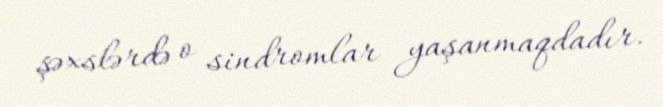
şəxslərdə o sindromlar yaşanmaqdadır.